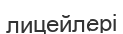
лицейлері